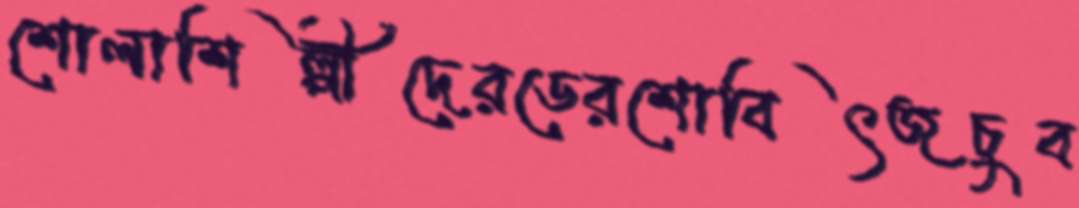
শোলাশিল্পীদেরডেরশোবিৎজচুব